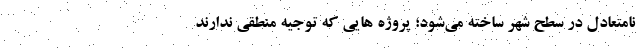
نامتعادل در سطح شهر ساخته می‌شود؛ پروژه هایی که توجیه منطقی ندارند